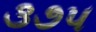
૩૭૫